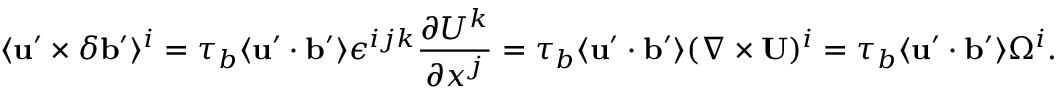
\langle { { \bf { u } } ^ { \prime } \times \delta { \bf { b } } ^ { \prime } } \rangle ^ { i } = \tau _ { b } \langle { { \bf { u } } ^ { \prime } \cdot { \bf { b } } ^ { \prime } } \rangle \epsilon ^ { i j k } \frac { \partial U ^ { k } } { \partial x ^ { j } } = \tau _ { b } \langle { { \bf { u } } ^ { \prime } \cdot { \bf { b } } ^ { \prime } } \rangle ( \nabla \times { \bf { U } } ) ^ { i } = \tau _ { b } \langle { { \bf { u } } ^ { \prime } \cdot { \bf { b } } ^ { \prime } } \rangle \Omega ^ { i } .